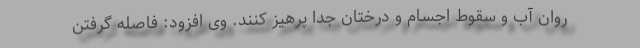
روان آب و سقوط اجسام و درختان جدا پرهیز کنند. وی افزود: فاصله گرفتن